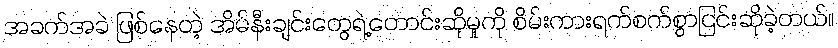
အခက်အခဲ ဖြစ်နေတဲ့ အိမ်နီးချင်းတွေရဲ့တောင်းဆိုမှုကို စိမ်းကားရက်စက်စွာငြင်းဆိုခဲ့တယ်။